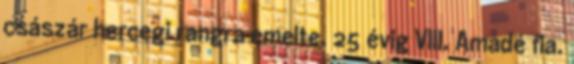
császár hercegi rangra emelte. 25 évig VIII. Amadé fia.